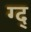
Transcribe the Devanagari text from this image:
ग्द्